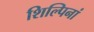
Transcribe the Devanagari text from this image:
शिल्पिनां